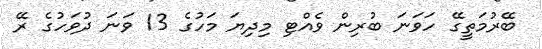
ބޭރުމަތީގޭ ހަވަނަ ބުރިން ވެއްޓި މިދިޔަ މަހުގެ 13 ވަަނަ ދުވަހުގެ ރޭ